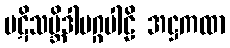
ပဋိသမ္ဘိဒါမဂ္ဂပါဠိ အဋ္ဌကထာ